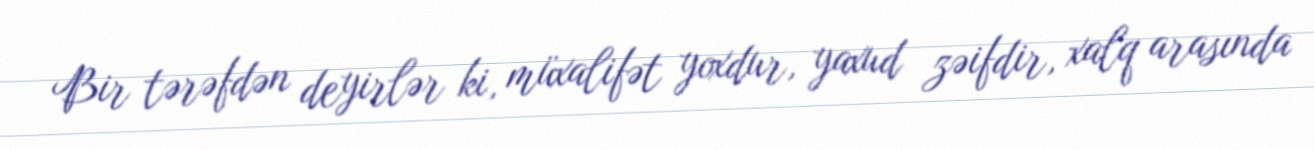
Bir tərəfdən deyirlər ki, müxalifət yoxdur, yaxud zəifdir, xalq arasında